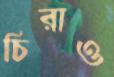
চিরাও